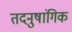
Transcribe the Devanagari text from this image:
तदनुषांगिक